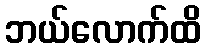
ဘယ်လောက်ထိ